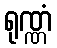
ရုဏ္ဏံ